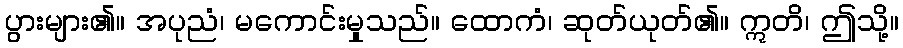
ပွားများ၏။ အပုညံ၊ မကောင်းမှုသည်။ ထောကံ၊ ဆုတ်ယုတ်၏။ ဣတိ၊ ဤသို့။